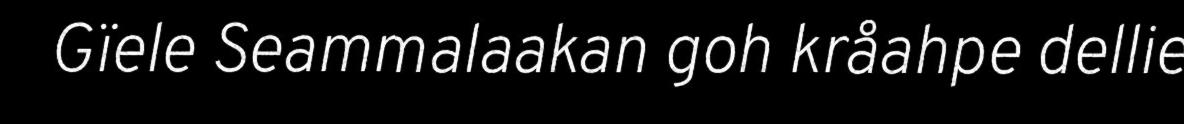
Gïele Seammalaakan goh kråahpe dellie